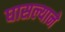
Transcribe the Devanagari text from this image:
घासल्याने